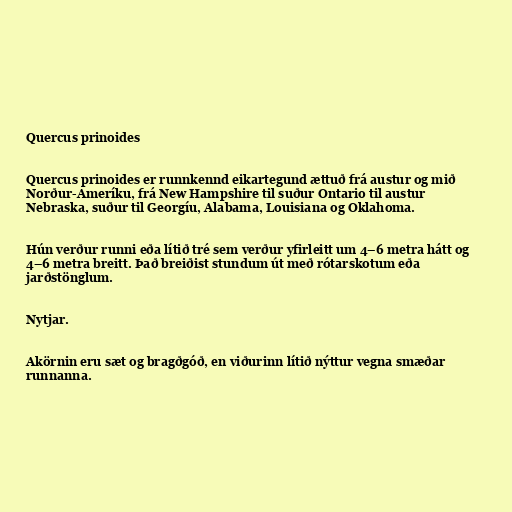
Quercus prinoides

Quercus prinoides er runnkennd eikartegund ættuð frá austur og mið
Norður-Ameríku, frá New Hampshire til suður Ontario til austur
Nebraska, suður til Georgíu, Alabama, Louisiana og Oklahoma.

Hún verður runni eða lítið tré sem verður yfirleitt um 4–6 metra hátt og
4–6 metra breitt. Það breiðist stundum út með rótarskotum eða
jarðstönglum.

Nytjar.

Akörnin eru sæt og bragðgóð, en viðurinn lítið nýttur vegna smæðar
runnanna.